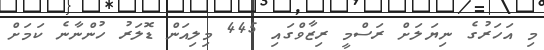
މި އަހަރުގެ ނިޔަލަށް ރަސްމީ ރިޒާވްގައި 445 މިލިއަން ޑޮލަރު ހުންނާނެ ކަމަށް